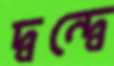
দ্বন্দ্বে